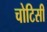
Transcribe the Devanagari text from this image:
चोटिसी